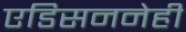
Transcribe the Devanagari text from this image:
एडिसननेही